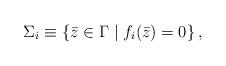
LaTeX: \begin{align*}\Sigma _{i}\equiv \left\{ \bar{z}\in \Gamma \mid f_{i}(\bar{z})=0\right\} ,\end{align*}